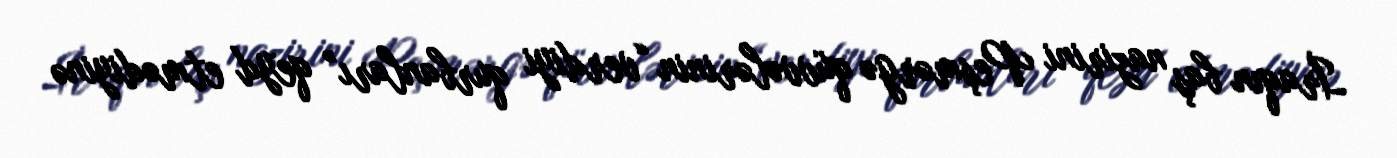
İraqın baş nazirini Peşmərgə qüvvələrinin “verdiyi qurbanları” qeyd etmədiyinə